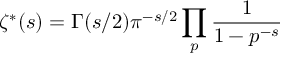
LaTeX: \zeta ^ { * } ( s ) = \Gamma ( s / 2 ) \pi ^ { - s / 2 } \prod _ { p } { \frac { 1 } { 1 - p ^ { - s } } }